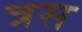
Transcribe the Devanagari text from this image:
त्रस